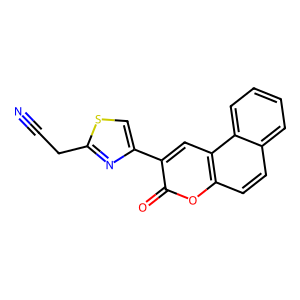
SMILES: N#CCc1nc(-c2cc3c(ccc4ccccc43)oc2=O)cs1
Inhibits HIV replication: No